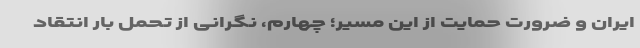
ایران و ضرورت حمایت از این مسیر؛ چهارم، نگرانی از تحمل بار انتقاد